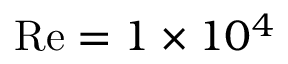
\mathrm { R e } = 1 \times 1 0 ^ { 4 }